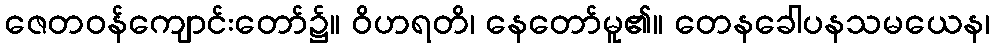
ဇေတဝန်ကျောင်းတော်၌။ ဝိဟရတိ၊ နေတော်မူ၏။ တေနခေါပနသမယေန၊